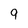
Character: 9